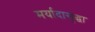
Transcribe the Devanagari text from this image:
मर्यादासुद्धा